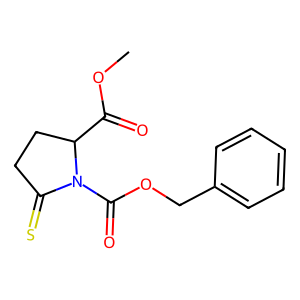
SMILES: COC(=O)C1CCC(=S)N1C(=O)OCc1ccccc1
Inhibits HIV replication: No